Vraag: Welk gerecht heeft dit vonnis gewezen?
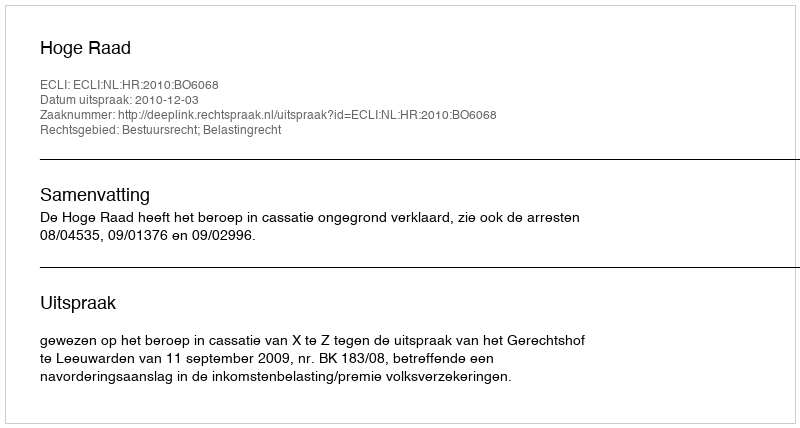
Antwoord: Hoge Raad